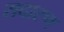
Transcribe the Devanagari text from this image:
सदारण